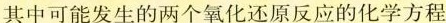
其中可能发生的两个氧化还原反应的化学方程